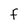
Character: f